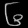
Digit: ၆